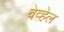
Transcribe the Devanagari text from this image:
वेव्हेल